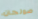
صولجان